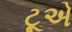
ટૂએ